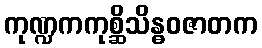
ကုဏ္ဍကကုစ္ဆိသိန္ဓဝဇာတက